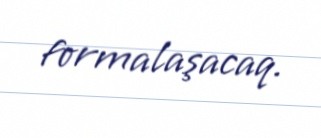
formalaşacaq.